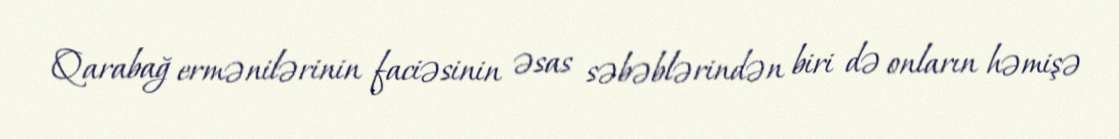
Qarabağ ermənilərinin faciəsinin əsas səbəblərindən biri də onların həmişə